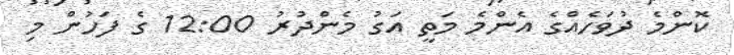
ކޮންމެ ދުވަހެއްގެ އެންމެ މަތީ އަގު މެންދުރު 12:00 ގެ ފަހުން މި